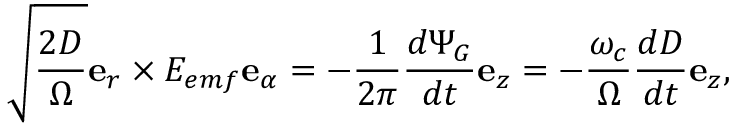
\sqrt { \frac { 2 D } { \Omega } } \mathbf { e } _ { r } \times E _ { e m f } \mathbf { e } _ { \alpha } = - \frac { 1 } { 2 \pi } \frac { d \Psi _ { G } } { d t } \mathbf { e } _ { z } = - \frac { \omega _ { c } } { \Omega } \frac { d D } { d t } \mathbf { e } _ { z } ,